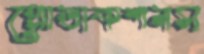
প্রোডাকশনস